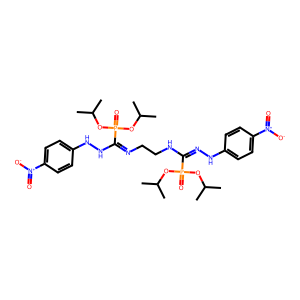
SMILES: CC(C)OP(=O)(OC(C)C)C(=NNc1ccc([N+](=O)[O-])cc1)NCCN=C(NNc1ccc([N+](=O)[O-])cc1)P(=O)(OC(C)C)OC(C)C
Inhibits HIV replication: No